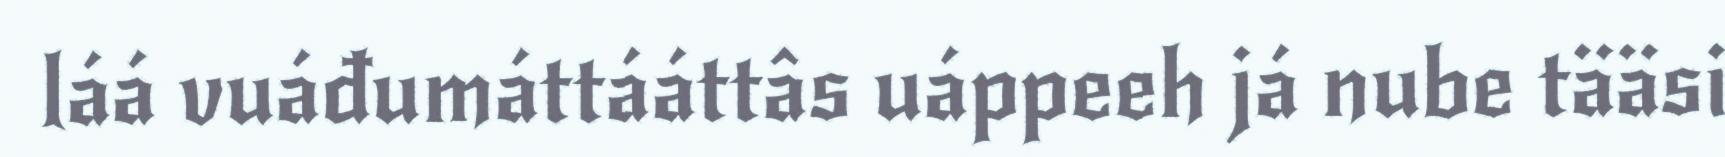
láá vuáđumáttááttâs uáppeeh já nube tääsi